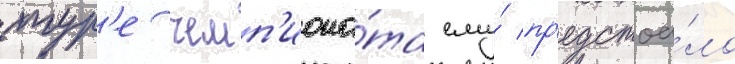
тур'е чемп'иона́та ему́ пр'едстоа́ло